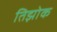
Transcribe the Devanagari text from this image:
तिझोक